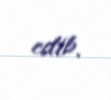
edib.